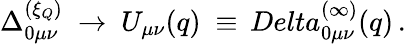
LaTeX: \Delta_{0\mu\nu}^{(\xi_{Q})}\ \to\ U_{\mu\nu}(q)\ \equiv\, Delta_{0\mu\nu}^{(\infty)}(q)\, .